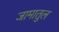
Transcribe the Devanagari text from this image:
जामातुल